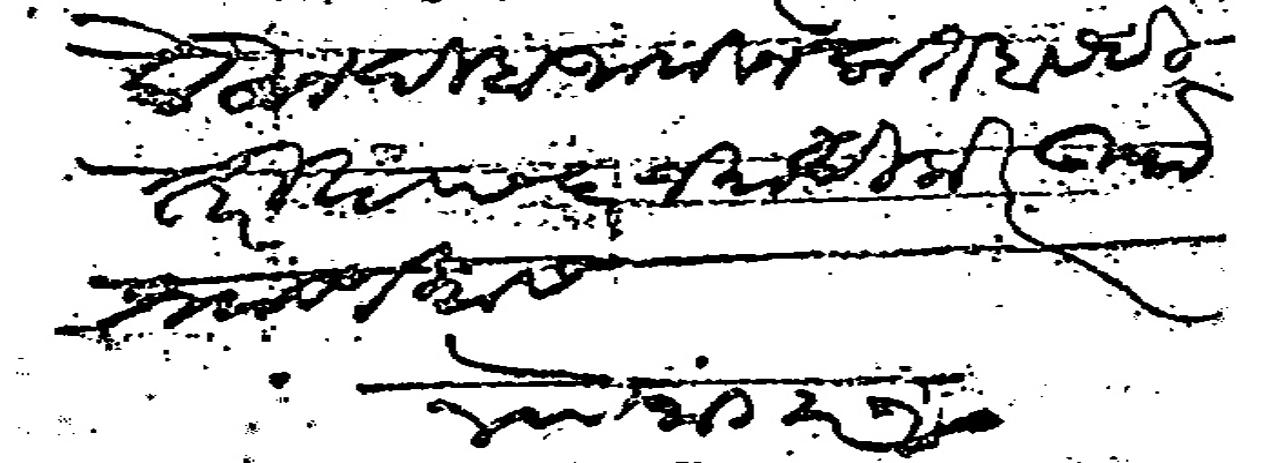
Transliteration (Devanagari): लेहून दिल्हा जामीन कतबा सही तारिख ६ जमादीलखर ऊर्फ श्रावण मास निशाणी नांगर